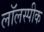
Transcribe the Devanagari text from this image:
लॉलस्पीक